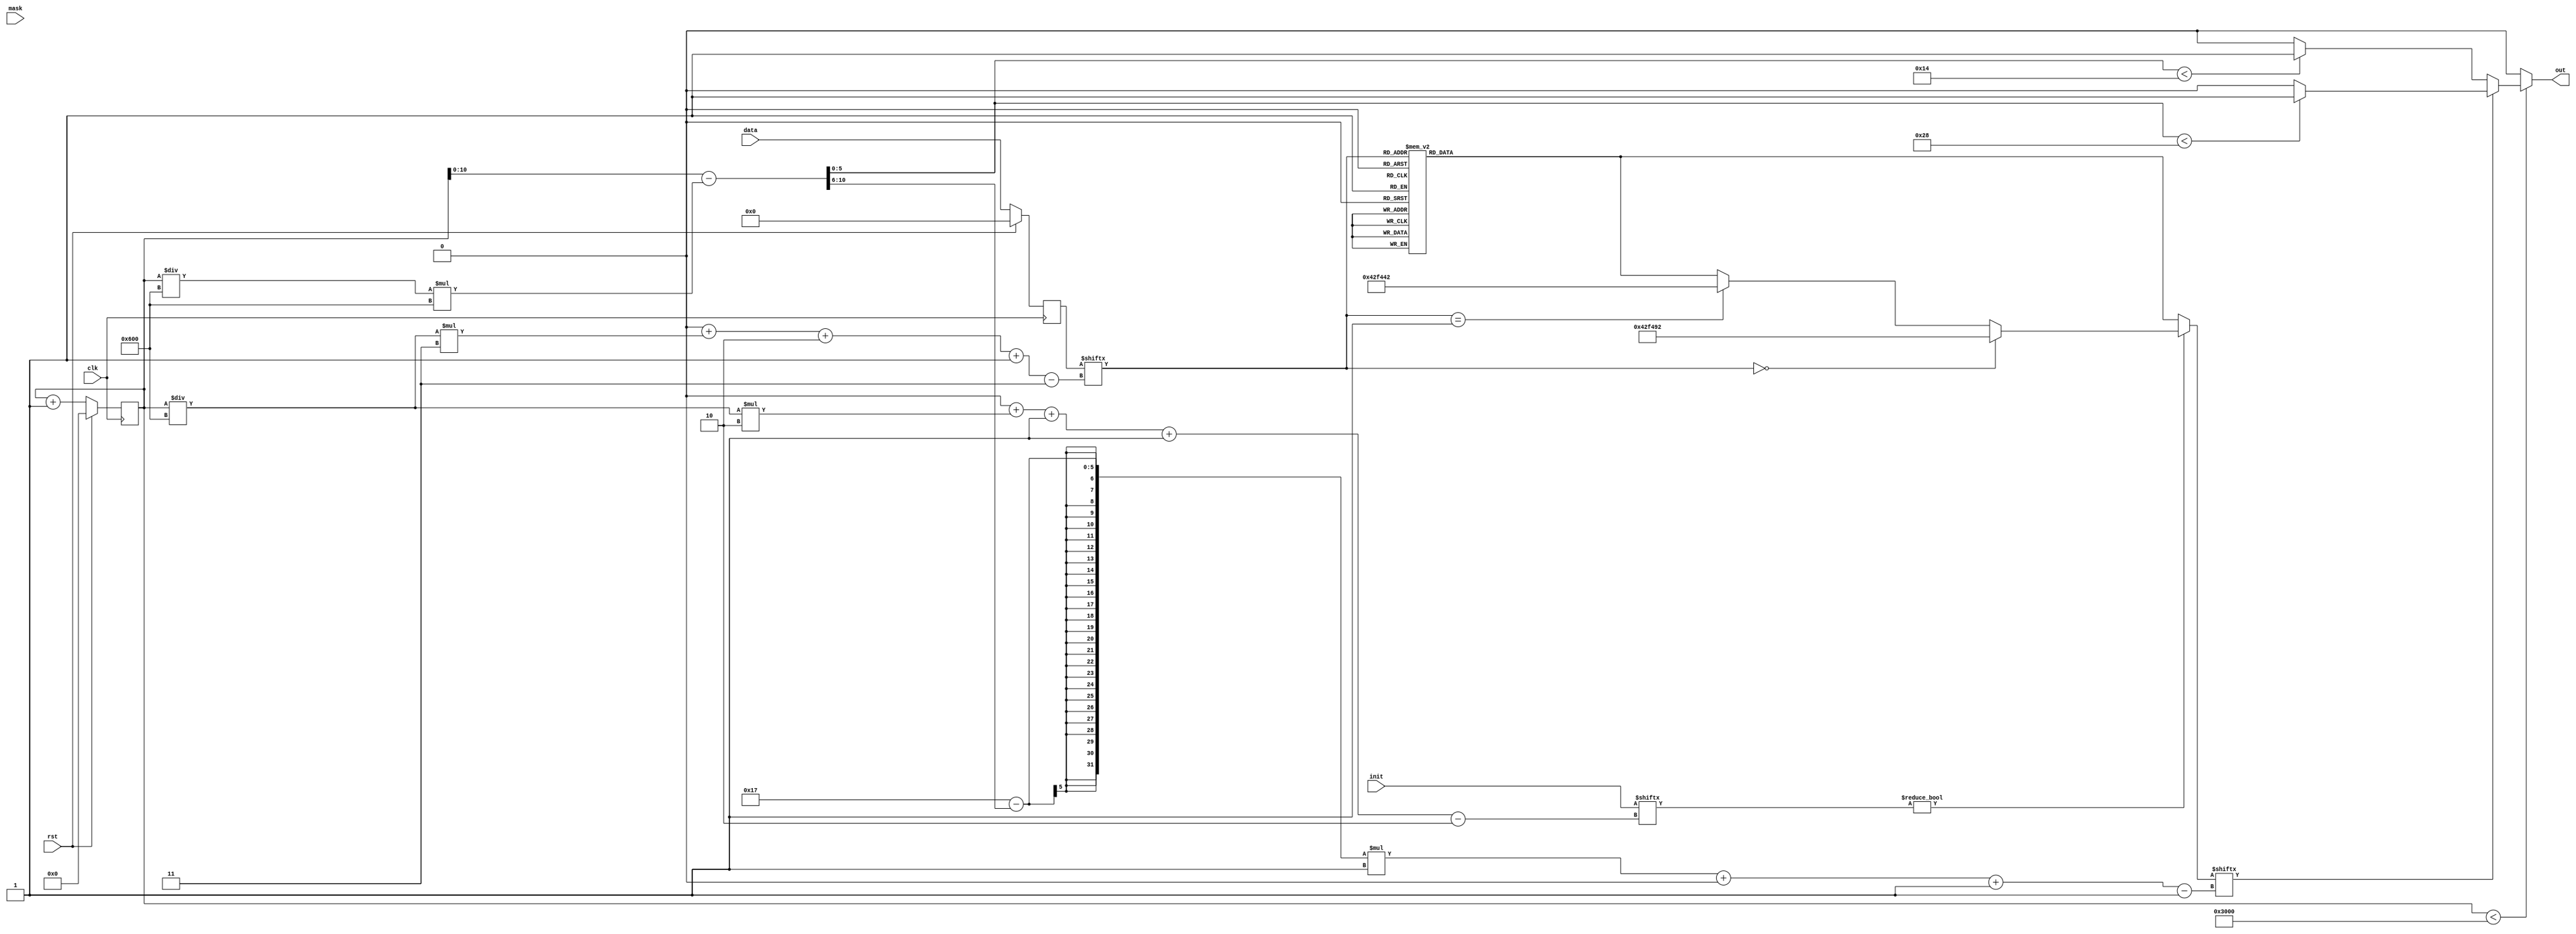
/*
   This file was generated automatically by the Mojo IDE version B1.3.6.
   Do not edit this file directly. Instead edit the original Lucid source.
   This is a temporary file and any changes made to it will be destroyed.
*/

/*
   Parameters:
     ROW = 1
     COL = 6
*/
module display_13 (
    input clk,
    input rst,
    input [17:0] data,
    input [5:0] mask,
    input [11:0] init,
    output reg [0:0] out
  );
  
  localparam ROW = 1'h1;
  localparam COL = 3'h6;
  
  
  localparam LED_0 = 1'h0;
  
  localparam LED_1 = 1'h1;
  
  localparam LED_2 = 2'h2;
  
  localparam LED_3 = 2'h3;
  
  localparam LED_4 = 3'h4;
  
  localparam LED_5 = 3'h5;
  
  localparam LED_6 = 3'h6;
  
  localparam LED_7 = 3'h7;
  
  localparam COLOR_BLACK = 24'h000000;
  
  localparam COLOR_1 = 24'haa42f4;
  
  localparam COLOR_2 = 24'h6542f4;
  
  localparam COLOR_3 = 24'h425ff4;
  
  localparam COLOR_4 = 24'h429ef4;
  
  localparam COLOR_5 = 24'h42f4f4;
  
  localparam COLOR_6 = 24'h42f492;
  
  localparam COLOR_7 = 24'h42f442;
  
  reg [17:0] M_board_d, M_board_q = 1'h0;
  
  reg [13:0] M_counter_d, M_counter_q = 1'h0;
  
  reg [10:0] foo;
  
  reg [2:0] led_state;
  
  reg [23:0] grb;
  
  integer r;
  integer c;
  
  always @* begin
    M_counter_d = M_counter_q;
    M_board_d = M_board_q;
    
    out = 8'h00;
    for (r = 1'h0; r < 1'h1; r = r + 1) begin
      for (c = 1'h0; c < 3'h6; c = c + 1) begin
        M_board_d[(r)*18+(c)*3+2-:3] = {mask[(r)*6+(c)*1+0+0-:1], data[(r)*18+(c)*3+2-:3]};
      end
    end
    for (r = 1'h0; r < 1'h1; r = r + 1) begin
      if (M_counter_q < 16'h3000) begin
        c = M_counter_q / 12'h600;
        led_state = M_board_q[(r)*18+(c)*3+2-:3];
        
        case (led_state)
          1'h0: begin
            grb = 24'h000000;
          end
          1'h1: begin
            grb = 24'haa42f4;
          end
          2'h2: begin
            grb = 24'h6542f4;
          end
          2'h3: begin
            grb = 24'h425ff4;
          end
          3'h4: begin
            grb = 24'h429ef4;
          end
          3'h5: begin
            grb = 24'h42f4f4;
          end
          3'h6: begin
            grb = 24'h42f492;
          end
          3'h7: begin
            grb = 24'h42f442;
          end
          default: begin
            grb = 24'h000000;
          end
        endcase
        if (init[(r)*12+(c)*2+1-:2] != 2'h0) begin
          if (led_state == 1'h0) begin
            grb = 24'h42f492;
          end else begin
            if (led_state == 1'h1) begin
              grb = 24'h42f442;
            end
          end
        end
        foo = M_counter_q - ((M_counter_q / 12'h600) * 12'h600);
        if (grb[(5'h17 - (foo >> 3'h6))*1+0-:1] == 1'h0) begin
          if (foo[0+5-:6] < 5'h14) begin
            out[(r)*1+0-:1] = 1'h1;
          end
        end else begin
          if (foo[0+5-:6] < 6'h28) begin
            out[(r)*1+0-:1] = 1'h1;
          end
        end
      end
      M_counter_d = M_counter_q + 1'h1;
    end
  end
  
  always @(posedge clk) begin
    if (rst == 1'b1) begin
      M_board_q <= 1'h0;
    end else begin
      M_board_q <= M_board_d;
    end
  end
  
  
  always @(posedge clk) begin
    if (rst == 1'b1) begin
      M_counter_q <= 1'h0;
    end else begin
      M_counter_q <= M_counter_d;
    end
  end
  
endmodule